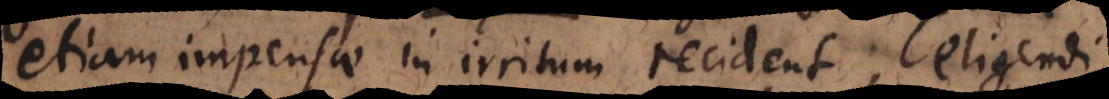
etiam impensae in irritum recident; eligendi